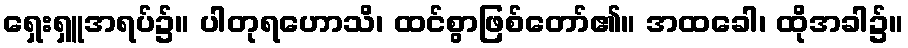
ရှေးရှူအရပ်၌။ ပါတုရဟောသိ၊ ထင်စွာဖြစ်တော်၏။ အထခေါ၊ ထိုအခါ၌။